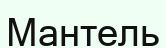
Мантель